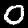
Label: 0